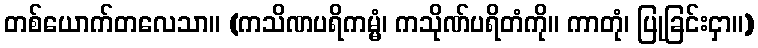
တစ်ယောက်တလေသာ။ (ကသိဏပရိကမ္မံ၊ ကသိုဏ်ပရိတံကို။ ကာတုံ၊ ပြုခြင်းငှာ။)